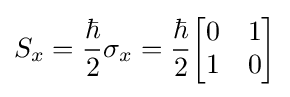
S_{x}={\frac {\hbar }{2}}\sigma _{x}={\frac {\hbar }{2}}{\begin{bmatrix}0&1\\1&0\end{bmatrix}}